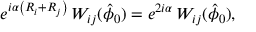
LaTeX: e ^ { i \alpha \left( R _ { i } + R _ { j } \right) } \, W _ { i j } ( \hat { \phi } _ { 0 } ) = e ^ { 2 i \alpha } \, W _ { i j } ( \hat { \phi } _ { 0 } ) ,